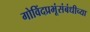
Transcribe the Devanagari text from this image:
गोविंदप्रभूंसंबंधीच्या